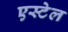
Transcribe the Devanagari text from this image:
एस्टेल